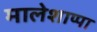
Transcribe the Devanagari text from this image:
मालेशाप्पा